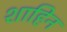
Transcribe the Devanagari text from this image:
शाहिन